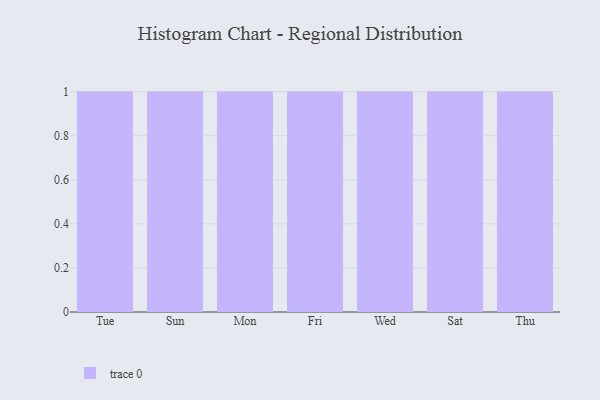
{"axis": {"x": "Day", "y": "Backlog"}, "legend": [""], "data": [{"x": "Tue", "y": 87, "type": ""}, {"x": "Sun", "y": 25, "type": ""}, {"x": "Mon", "y": 27, "type": ""}, {"x": "Fri", "y": 76, "type": ""}, {"x": "Wed", "y": 99, "type": ""}, {"x": "Sat", "y": 47, "type": ""}, {"x": "Thu", "y": 50, "type": ""}]}